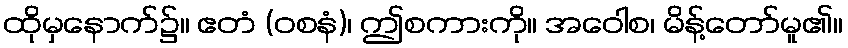
ထိုမှနောက်၌။ ဧတံ (ဝစနံ)၊ ဤစကားကို။ အဝေါစ၊ မိန့်တော်မူ၏။